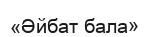
«Әйбат бала»